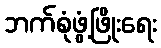
ဘက်စုံဖွံ့ဖြိုးရေး